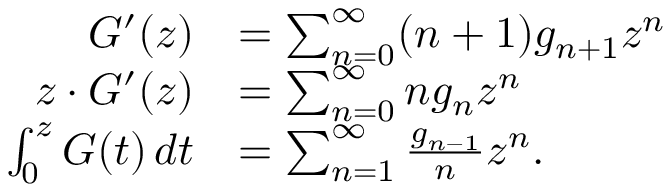
{ \begin{array} { r l } { G ^ { \prime } ( z ) } & { = \sum _ { n = 0 } ^ { \infty } ( n + 1 ) g _ { n + 1 } z ^ { n } } \\ { z \cdot G ^ { \prime } ( z ) } & { = \sum _ { n = 0 } ^ { \infty } n g _ { n } z ^ { n } } \\ { \int _ { 0 } ^ { z } G ( t ) \, d t } & { = \sum _ { n = 1 } ^ { \infty } { \frac { g _ { n - 1 } } { n } } z ^ { n } . } \end{array} }